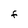
Character: F